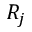
R _ { j }